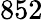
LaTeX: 852